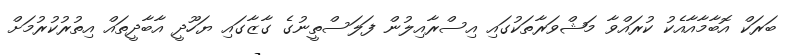
ބަރަކް އޮބާމާއާއެކު ކުރައްވާ މަޝްވަރާތަކުގައި އިސްރާއިލުން ފަލަސްތީނުގެ ގާޒާގައި ޔަހޫދީ އާބާދީތައް އިތުރުކުރުމަށް